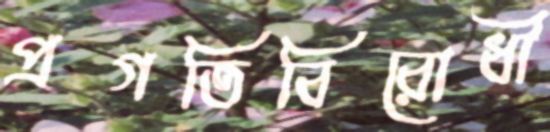
প্রগতিবিরোধী